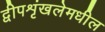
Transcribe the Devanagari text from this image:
द्वीपशृंखलेमधील